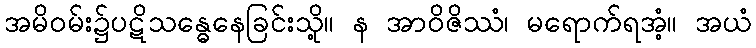
အမိဝမ်း၌ပဋိသန္ဓေနေခြင်းသို့။ န အာဝိဇိဿံ၊ မရောက်ရအံ့။ အယံ